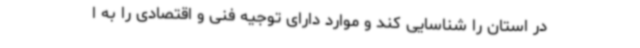
در استان را شناسایی کند و موارد دارای توجیه فنی و اقتصادی را به ا